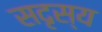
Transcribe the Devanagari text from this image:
सदृस्य